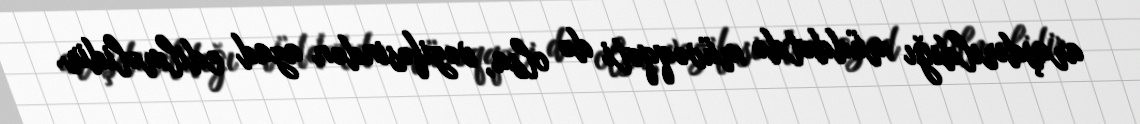
araşdırıldığı müddətdə müvəqqəti də olsa, vəzifəsindən azad edilməlidir.